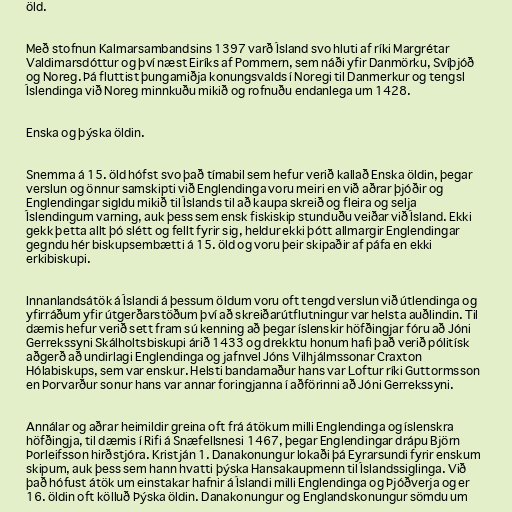
öld.

Með stofnun Kalmarsambandsins 1397 varð Ísland svo hluti af ríki Margrétar
Valdimarsdóttur og því næst Eiríks af Pommern, sem náði yfir Danmörku, Svíþjóð
og Noreg. Þá fluttist þungamiðja konungsvalds í Noregi til Danmerkur og tengsl
Íslendinga við Noreg minnkuðu mikið og rofnuðu endanlega um 1428.

Enska og þýska öldin.

Snemma á 15. öld hófst svo það tímabil sem hefur verið kallað Enska öldin, þegar
verslun og önnur samskipti við Englendinga voru meiri en við aðrar þjóðir og
Englendingar sigldu mikið til Íslands til að kaupa skreið og fleira og selja
Íslendingum varning, auk þess sem ensk fiskiskip stunduðu veiðar við Ísland. Ekki
gekk þetta allt þó slétt og fellt fyrir sig, heldur ekki þótt allmargir Englendingar
gegndu hér biskupsembætti á 15. öld og voru þeir skipaðir af páfa en ekki
erkibiskupi.

Innanlandsátök á Íslandi á þessum öldum voru oft tengd verslun við útlendinga og
yfirráðum yfir útgerðarstöðum því að skreiðarútflutningur var helsta auðlindin. Til
dæmis hefur verið sett fram sú kenning að þegar íslenskir höfðingjar fóru að Jóni
Gerrekssyni Skálholtsbiskupi árið 1433 og drekktu honum hafi það verið pólitísk
aðgerð að undirlagi Englendinga og jafnvel Jóns Vilhjálmssonar Craxton
Hólabiskups, sem var enskur. Helsti bandamaður hans var Loftur ríki Guttormsson
en Þorvarður sonur hans var annar foringjanna í aðförinni að Jóni Gerrekssyni.

Annálar og aðrar heimildir greina oft frá átökum milli Englendinga og íslenskra
höfðingja, til dæmis í Rifi á Snæfellsnesi 1467, þegar Englendingar drápu Björn
Þorleifsson hirðstjóra. Kristján 1. Danakonungur lokaði þá Eyrarsundi fyrir enskum
skipum, auk þess sem hann hvatti þýska Hansakaupmenn til Íslandssiglinga. Við
það hófust átök um einstakar hafnir á Íslandi milli Englendinga og Þjóðverja og er
16. öldin oft kölluð Þýska öldin. Danakonungur og Englandskonungur sömdu um